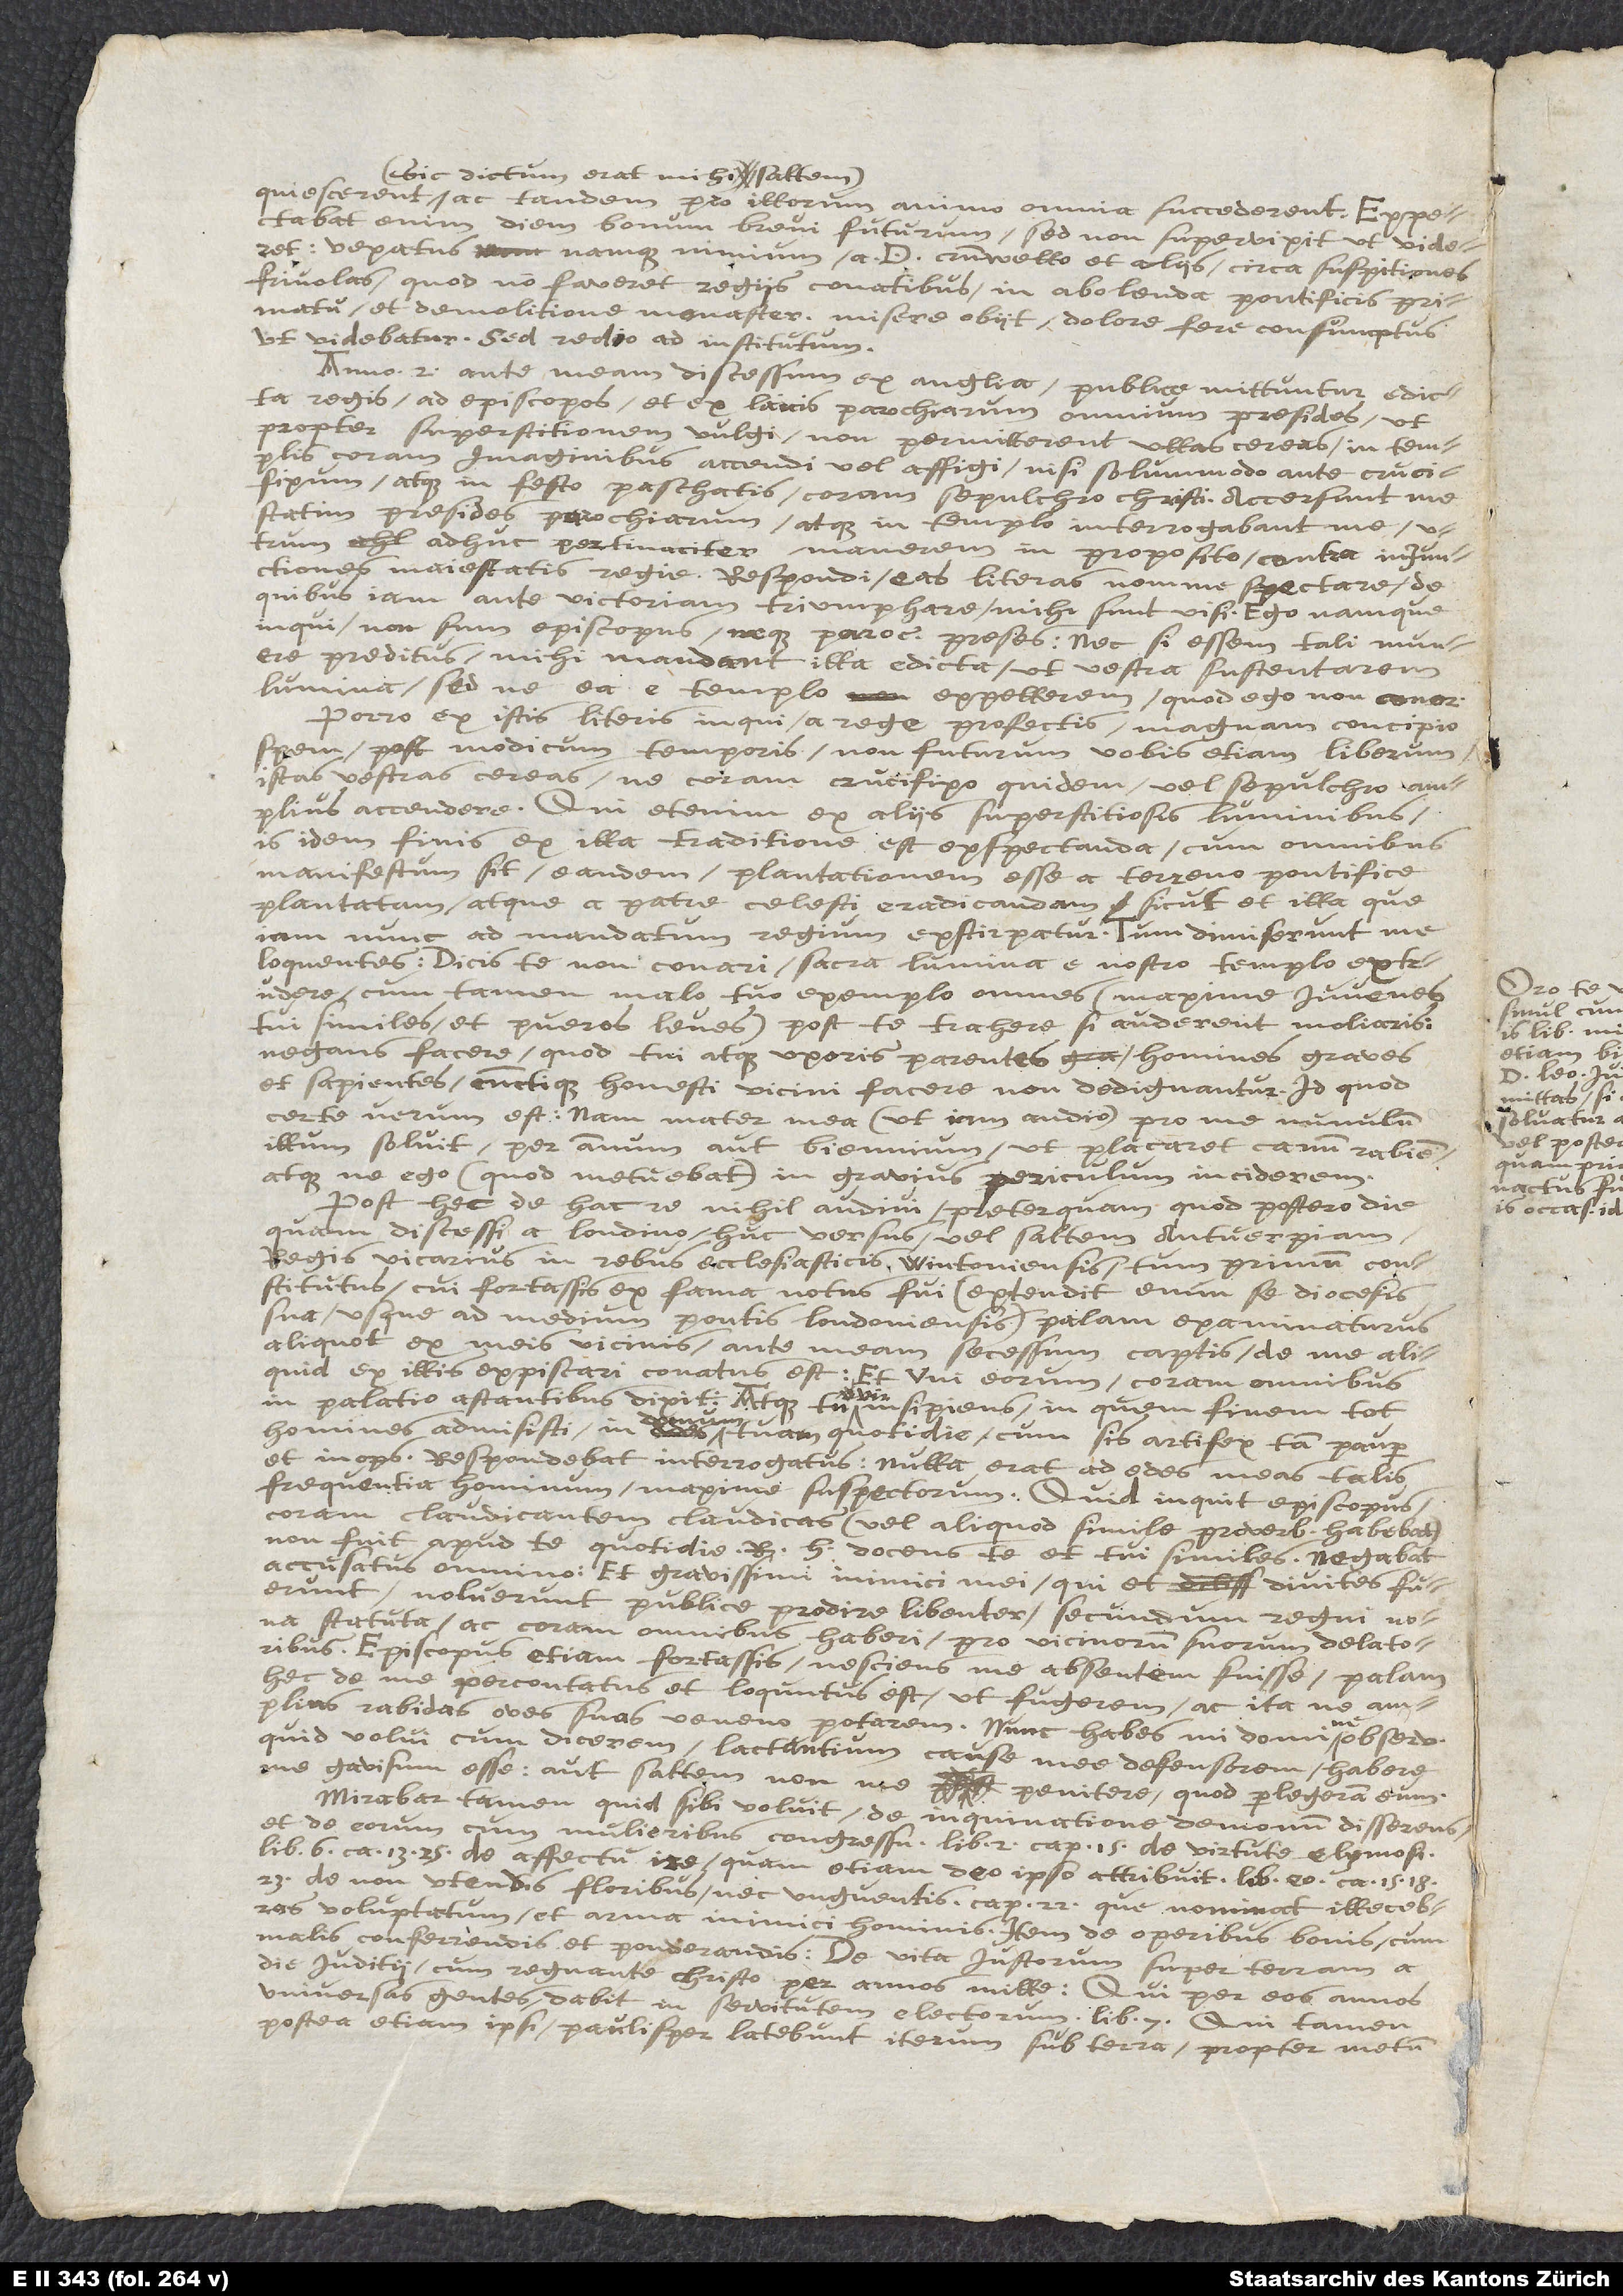
(sic dictum erat mihi saltem),
tandem pro illorum animo omnia succederent. Exspectabat
enim diem bonum brevi futurum, sed non supervixit ut videret;
vexatus namque nimium a D. Cromwello et aliis circa suspiciones
frivolas, quod non faveret regiis conatibus in abolenda pontificis primatu
et demolitione monasteriorum, misere obiit, dolore fere consumptus,
ut videbatur. Sed redeo ad institutum.
Anno secundo ante meum discessum ex Anglia, publice mittuntur edicta
regis ad episcopos et ex laicis parochiarum omnium praesides, ut
propter superstitionem vulgi non permitterent ullas cereas in templis
coram imaginibus accendi vel affigi, nisi solummodo ante crucifixum
atque in festo Paschatis coram sepulchro Christi. Accersunt me
statim praesides parochiarum, atque in templo interrogabant me, utrum
adhuc pertinaciter manerem in proposito contra injunctiones
majestatis regiae. Respondi eas literas non me spectare, de
quibus jam ante victoriam triumphare mihi sunt visi: ego namque,
inqui, non sum episcopus nec parochiae praeses; nec si essem tali munere
praeditus, mihi mandant illa edicta, ut vestra sustentarem
lumina, sed ne ea e templo expellerem, quod ego non conor.
Porro ex istis literis, inqui, a rege profectis magnam concipio
spem, post modicum temporis non futurum vobis etiam liberum
istas vestras cereas ne coram crucifixo quidem vel sepulchro
amplius accendere. Qui etenim ex aliis superstitiosis luminibus,
is idem finis ex illa traditione est exspectanda, cum omnibus
manifestum sit eandem plantationem esse a terreno pontifice
plantatam atque a Patre coelesti eradicandam, sicut et illa quae
jam nunc ad mandatum regium exstirpatur. Tum dimiserunt me
loquentes. Dicis te non conari sacra lumina e nostro templo extrudere,
cum tamen malo tuo exemplo omnes (maxime juvenes
tui similes et pueros leves) post te trahere, si auderent, moliaris;
negans facere quod tui atque uxoris parentes, homines graves
et sapientes, cunctique honesti vicini facere non dedignantur. Id quod
certe verum est: nam mater mea (ut jam audio) pro me nummulum
illum solvit per annum aut biennium, ut placaret canum rabiem,
atque ne ego (quod metuebat) in gravius periculum inciderem.
Post haec de hac re nihil audivi, praeterquam quod postero die
quam discessi a Londino huc versus vel saltem Antverpiam,
regis vicarius in rebus ecclesiasticis Wintoniensis, tum primum constitutus,
cui fortassis ex fama notus fui (extendit enim se diocesis
sua usque ad medium pontis Londoniensis), palam examinaturus
aliquot ex meis vicinis, ante meum secessum captis, de me aliquid
expiscari conatus est. Et uni eorum coram omnibus
in palatio adstantibus dixit: Atque tu, vir insipiens, in quem finem tot
homines admisisti in domum tuam quotidie, cum sis artifex tam pauper
et inops ? Respondebat interrogatus, Nulla erat ad aedes meas talis
frequentia hominum, maxime suspectorum. Quid, inquit episcopus,
coram claudicantem claudicas (vel aliquod simile proverbium habebat):
non fuit apud te quotidie Rich. Hilles, docens te et tui similes? Negabat
accusatus omnino: et gravissimi inimici mei, qui et divites fuerunt,
noluerunt publice prodire libenter, secundum regni nova
statuta, ac coram omnibus haberi pro vicinorum suorum delatoribus.
Episcopus etiam, fortassis nesciens me absentem fuisse, palam
haec de me percontatus, et loquutus est ut fugerem, ac ita ne
amplius rabidas oves suas veneno potarem. Nunc habes, mi domine
quid volui cum dicerem, Lactantium causae meae defensorem habere
me gavisum esse, aut saltem non me
poenitere, quod perlegeram eum.
Mirabar tamen, quid sibi voluit de inquinatione daemonum disserere,
et de eorum cum mulieribus congressu, lib. n. cap. 15; de virtute eleemosynarum,
cap. 13, 25; de affectu irae, quam etiam Deo ipso attribuit, libro eodem, cap. 15,
utendis floribus nec unguentis, cap. 32, quae nominat illecebras
voluptatum et arma inimici hominis: item de operibus bonis cum
malis conferendis et ponderandis; de vita justorum super terram a
die judicii cum regnante Christo per annos mille, qui per eos annos
universas gentes dabit in servitutem electorum, lib. VII., qui tamen
postea etiam ipsi paulisper latebunt iterum sub terra propter metum

Si